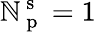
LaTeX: \mathbb{N}_{\mathrm{{~p~}}}^{\mathrm{{~s~}}}=1